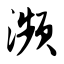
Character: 濒